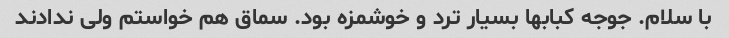
با سلام. جوجه کبابها بسیار ترد و خوشمزه بود. سماق هم خواستم ولی ندادند